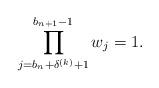
LaTeX: \begin{align*}\prod_{j=b_n+\delta ^{(k)}+1}^{b_{n+1}-1}w_{j}=1.\end{align*}